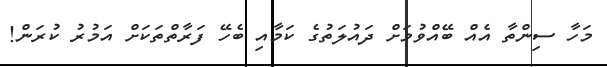
މަހާ ސިންތާ އެއް ބޭއްވުމަށް ދައުލަތުގެ ކަމާއި ބެހޭ ފަރާތްތަކަށް އަމުރު ކުރަން!